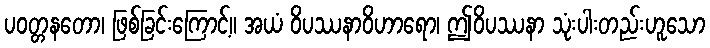
ပဝတ္တနတော၊ ဖြစ်ခြင်းကြောင့်။ အယံ ဝိပဿနာဝိဟာရော၊ ဤဝိပဿနာ သုံးပါးတည်းဟူသော